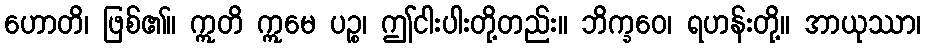
ဟောတိ၊ ဖြစ်၏။ ဣတိ ဣမေ ပဉ္စ၊ ဤငါးပါးတို့တည်း။ ဘိက္ခဝေ၊ ရဟန်းတို့။ အာယုဿာ၊